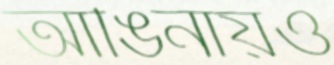
আঙিনায়ও